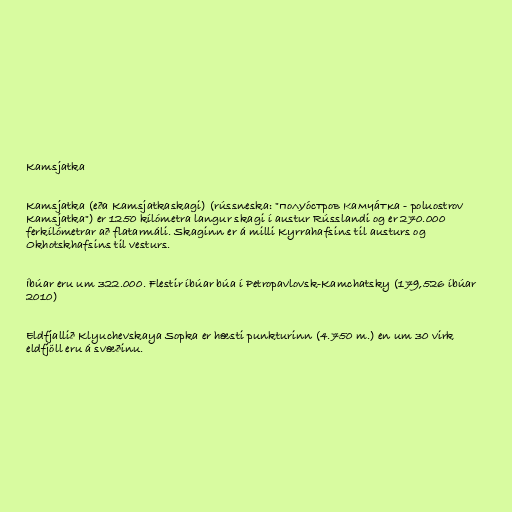
Kamsjatka

Kamsjatka (eða Kamsjatkaskagi) (rússneska: "полуо́стров Камча́тка - poluostrov
Kamsjatka") er 1250 kílómetra langur skagi í austur Rússlandi og er 270.000
ferkílómetrar að flatarmáli. Skaginn er á milli Kyrrahafsins til austurs og
Okhotskhafsins til vesturs.

Íbúar eru um 322.000. Flestir íbúar búa í Petropavlovsk-Kamchatsky (179,526 íbúar
2010)

Eldfjallið Klyuchevskaya Sopka er hæsti punkturinn (4.750 m.) en um 30 virk
eldfjöll eru á svæðinu.